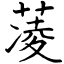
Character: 蓤